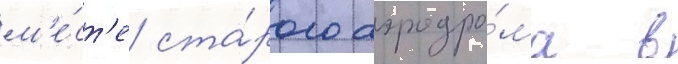
м'е́ст'е ста́рого аэродро́ма в